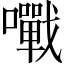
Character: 𡃹